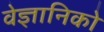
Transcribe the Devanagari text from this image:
वेज्ञानिको